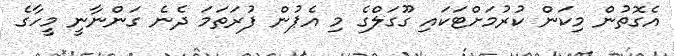
އެގޮތުން މިކަން ކުރުމަށްޓަކައި ގޫގަލްގެ މި އެޕުން ފުރަތަމަ ދެނެ ގަންނާނީ މީހާގެ